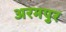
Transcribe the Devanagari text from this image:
अरमपुर